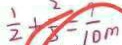
\frac { 1 } { 2 } + \frac { 2 } { 5 } = \frac { 9 } { 1 0 } m